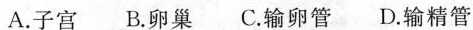
A.子宫 B.卵巢 C.输卵管 D.输精管